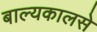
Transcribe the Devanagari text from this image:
बाल्यकालसे